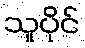
သူပိုင်